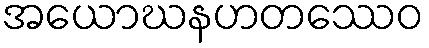
အယောဃနဟတဿေဝ